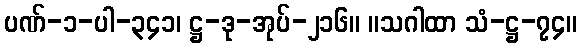
ပဏ်-၁-ပါ-၃၄၁၊ ဋ္ဌ-ဒု-အုပ်-၂၁၆။ ။သဂါထာ သံ-ဋ္ဌ-၇၄။